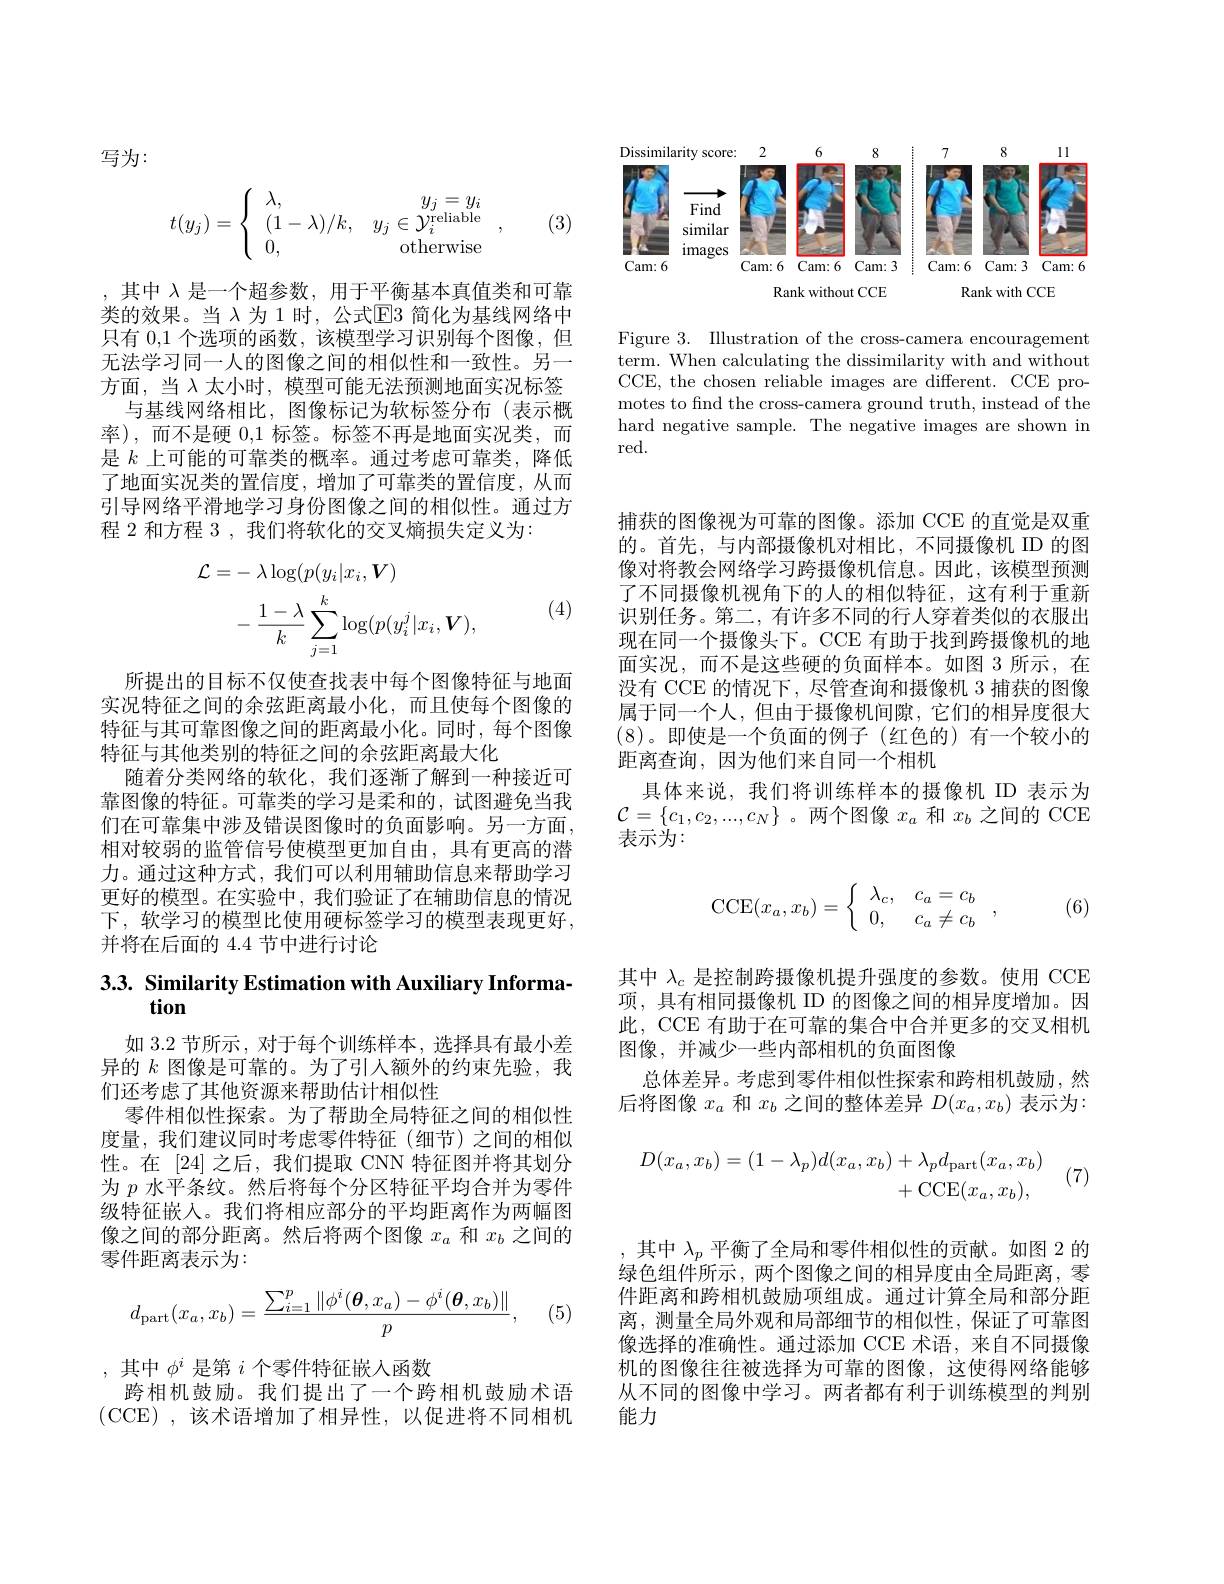
<FigureHere>

Figure 3. Illustration of the cross-camera encouragement term. When calculating the dissimilarity with and without CCE, the chosen reliable images are different. CCE promotes to find the cross-camera ground truth, instead of the hard negative sample. The negative images are shown in red.

写为：
$$t(y_j)=\left\{\begin{array}{lr}\lambda,&y_j=y_i\\(1-\lambda)/k,&y_j\in\mathcal{Y}_i^\text{reliable}\\0,&\text{otherwise}\end{array}\right.,$$
(3)

,其中$\lambda$是一个超参数，用于平衡基本真值类和可靠类的效果。当 $\lambda$ 为 1 时，公式$\mathbb{E}$3 简化为基线网络中只有 0,1 个选项的函数，该模型学习识别每个图像，但无法学习同一人的图像之间的相似性和一致性。另一方面，当$\lambda$太小时，模型可能无法预测地面实况标签
与基线网络相比，图像标记为软标签分布(表示概率),而不是硬0，1标签。标签不再是地面实况类，而是$k$上可能的可靠类的概率。通过考虑可靠类，降低了地面实况类的置信度，增加了可靠类的置信度，从而引导网络平滑地学习身份图像之间的相似性。通过方程 2 和方程 3 , 我们将软化的交叉熵损失定义为：
$$\begin{aligned}\mathcal{L}=&-\:\lambda\log(p(y_{i}|x_{i},\boldsymbol{V})\\&-\:\frac{1-\lambda}{k}\sum_{j=1}^{k}\log(p(y_{i}^{j}|x_{i},\boldsymbol{V}),\end{aligned}$$
(4)

所提出的目标不仅使查找表中每个图像特征与地面实况特征之间的余弦距离最小化，而且使每个图像的特征与其可靠图像之间的距离最小化。同时，每个图像特征与其他类别的特征之间的余弦距离最大化
随着分类网络的软化，我们逐渐了解到一种接近可靠图像的特征。可靠类的学习是柔和的，试图避免当我们在可靠集中涉及错误图像时的负面影响。另一方面， 相对较弱的监管信号使模型更加自由，具有更高的潜力。通过这种方式，我们可以利用辅助信息来帮助学习更好的模型。在实验中，我们验证了在辅助信息的情况下，软学习的模型比使用硬标签学习的模型表现更好， 并将在后面的 4.4 节中进行讨论

# 3.3. Similarity Estimation with Auxiliary Information

如 3.2 节所示，对于每个训练样本，选择具有最小差异的$k$图像是可靠的。为了引人额外的约束先验，我们还考虑了其他资源来帮助估计相似性
零件相似性探索。为了帮助全局特征之间的相似性度量，我们建议同时考虑零件特征(细节)之间的相似性。在[24]之后，我们提取 CNN 特征图并将其划分为$p$水平条纹。然后将每个分区特征平均合并为零件级特征嵌入。我们将相应部分的平均距离作为两幅图像之间的部分距离。然后将两个图像$x_a$和$x_b$之间的零件距离表示为：
$$d_{\text{part}}(x_a,x_b)=\frac{\sum_{i=1}^p\|\phi^i(\boldsymbol{\theta},x_a)-\phi^i(\boldsymbol{\theta},x_b)\|}{p},$$
(5

,其中$\phi^i$是第$i$个零件特征嵌入函数
跨相机鼓励。我们提出了一个跨相机鼓励术语(CCE),该术语增加了相异性，以促进将不同相机

捕获的图像视为可靠的图像。添加 CCE 的直觉是双重的。首先，与内部摄像机对相比，不同摄像机 ID 的图像对将教会网络学习跨摄像机信息。因此，该模型预测了不同摄像机视角下的人的相似特征，这有利于重新识别任务。第二，有许多不同的行人穿着类似的衣服出现在同一个摄像头下。CCE 有助于找到跨摄像机的地面实况，而不是这些硬的负面样本。如图 3 所示，在没有 CCE 的情况下，尽管查询和摄像机 3 捕获的图像属于同一个人，但由于摄像机间隙，它们的相异度很大(8)。即使是一个负面的例子(红色的)有一个较小的距离查询，因为他们来自同一个相机
具体来说，我们将训练样本的摄像机 ID 表示为$\mathcal{C}=\{c_{1},c_{2},...,c_{N}\}$ 。两个图像$x_a$和$x_b$之间的 CCE 表示为：
$$\mathrm{CCE}(x_a,x_b)=\left\{\begin{array}{ll}\lambda_c,&c_a=c_b\\0,&c_a\neq c_b\end{array}\right.,$$
(6)

其中$\lambda_c$是控制跨摄像机提升强度的参数。使用 CCE 项，具有相同摄像机 ID 的图像之间的相异度增加。因此，CCE 有助于在可靠的集合中合并更多的交叉相机图像，并减少一些内部相机的负面图像
总体差异。考虑到零件相似性探索和跨相机鼓励，然后将图像$x_a$和$x_b$之间的整体差异$D(x_a,x_b)$表示为：
$$\begin{aligned}D(x_{a},x_{b})=(1-\lambda_{p})d(x_{a},x_{b})&+\lambda_{p}d_{\mathrm{part}}(x_{a},x_{b})\\&+\mathrm{CCE}(x_{a},x_{b}),\end{aligned}$$
(7)

,其中$\lambda_p$平衡了全局和零件相似性的贡献。如图 2 的绿色组件所示，两个图像之间的相异度由全局距离，零件距离和跨相机鼓励项组成。通过计算全局和部分距离，测量全局外观和局部细节的相似性，保证了可靠图像选择的准确性。通过添加 CCE 术语，来自不同摄像机的图像往往被选择为可靠的图像，这使得网络能够从不同的图像中学习。两者都有利于训练模型的判别能力